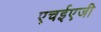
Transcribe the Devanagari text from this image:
एचईएजी